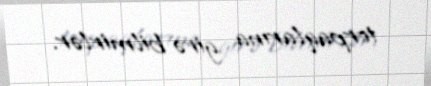
torpaqlarına girə bilmirlər.